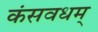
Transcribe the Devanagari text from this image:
कंसवधम्